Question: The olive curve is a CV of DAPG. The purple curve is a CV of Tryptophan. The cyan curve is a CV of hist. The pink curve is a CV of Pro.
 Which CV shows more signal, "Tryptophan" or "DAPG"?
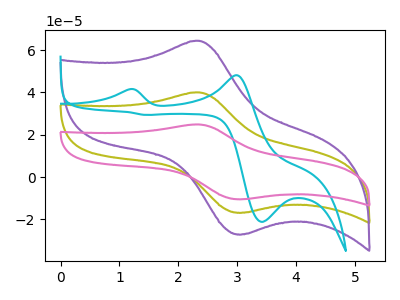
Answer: <think>The olive curve "DAPG" has an anodic peak at (2.35V, 40.00uA) and a cathodic peak at (3.10V, -16.80uA). The purple curve "Tryptophan" has an anodic peak at (2.35V, 64.35uA) and a cathodic peak at (3.10V, -27.00uA). The cyan curve "hist" has anodic peaks at (1.15V, 41.55uA) (3.00V, 48.15uA) and cathodic peaks at (3.40V, -21.15uA) (1.45V, 29.35uA). The pink curve "Pro" has an anodic peak at (2.35V, 80.00uA) and a cathodic peak at (3.10V, -33.60uA).
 All the peaks in "Tryptophan" have a peak in "DAPG" at the same potential. Every peak in "Tryptophan" is higher than every peak in "DAPG".</think>
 <answer>"Tryptophan" has more signal than "DAPG".</answer>
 <eval>more_signal</eval>